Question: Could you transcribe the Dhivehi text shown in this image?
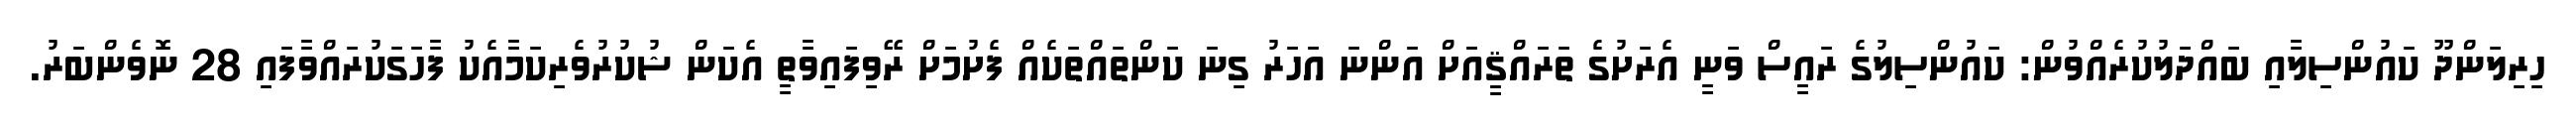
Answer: ހިރިލަންދޫ ކައުންސިލާއި ބައްދަލުކުރެއްވުން: ކައުންސިލުގެ ރައީސް ވަނީ އެރަށުގެ ތަރައްޤީއަށް އަންނަ އަހަރު ގިނަ ކަންތައްތަކެއް ފެށުމަށް ރޭވިފައިވާތީ އެކަން ޝުކުރުވެރިކަމާއެކު ފާހަގަކުރައްވާފައި 28 ނޮވެންބަރު.